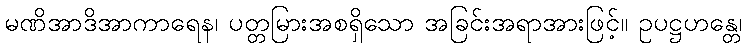
မဏိအာဒိအာကာရေန၊ ပတ္တမြားအစရှိသော အခြင်းအရာအားဖြင့်။ ဥပဋ္ဌဟန္တေ၊